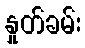
နှုတ်ခမ်း